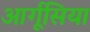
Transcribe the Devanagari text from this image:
आर्गूसिया